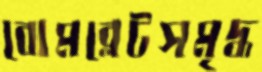
বোমব্লেটসমৃদ্ধ